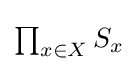
{\textstyle \prod _{x\in X}S_{x}}